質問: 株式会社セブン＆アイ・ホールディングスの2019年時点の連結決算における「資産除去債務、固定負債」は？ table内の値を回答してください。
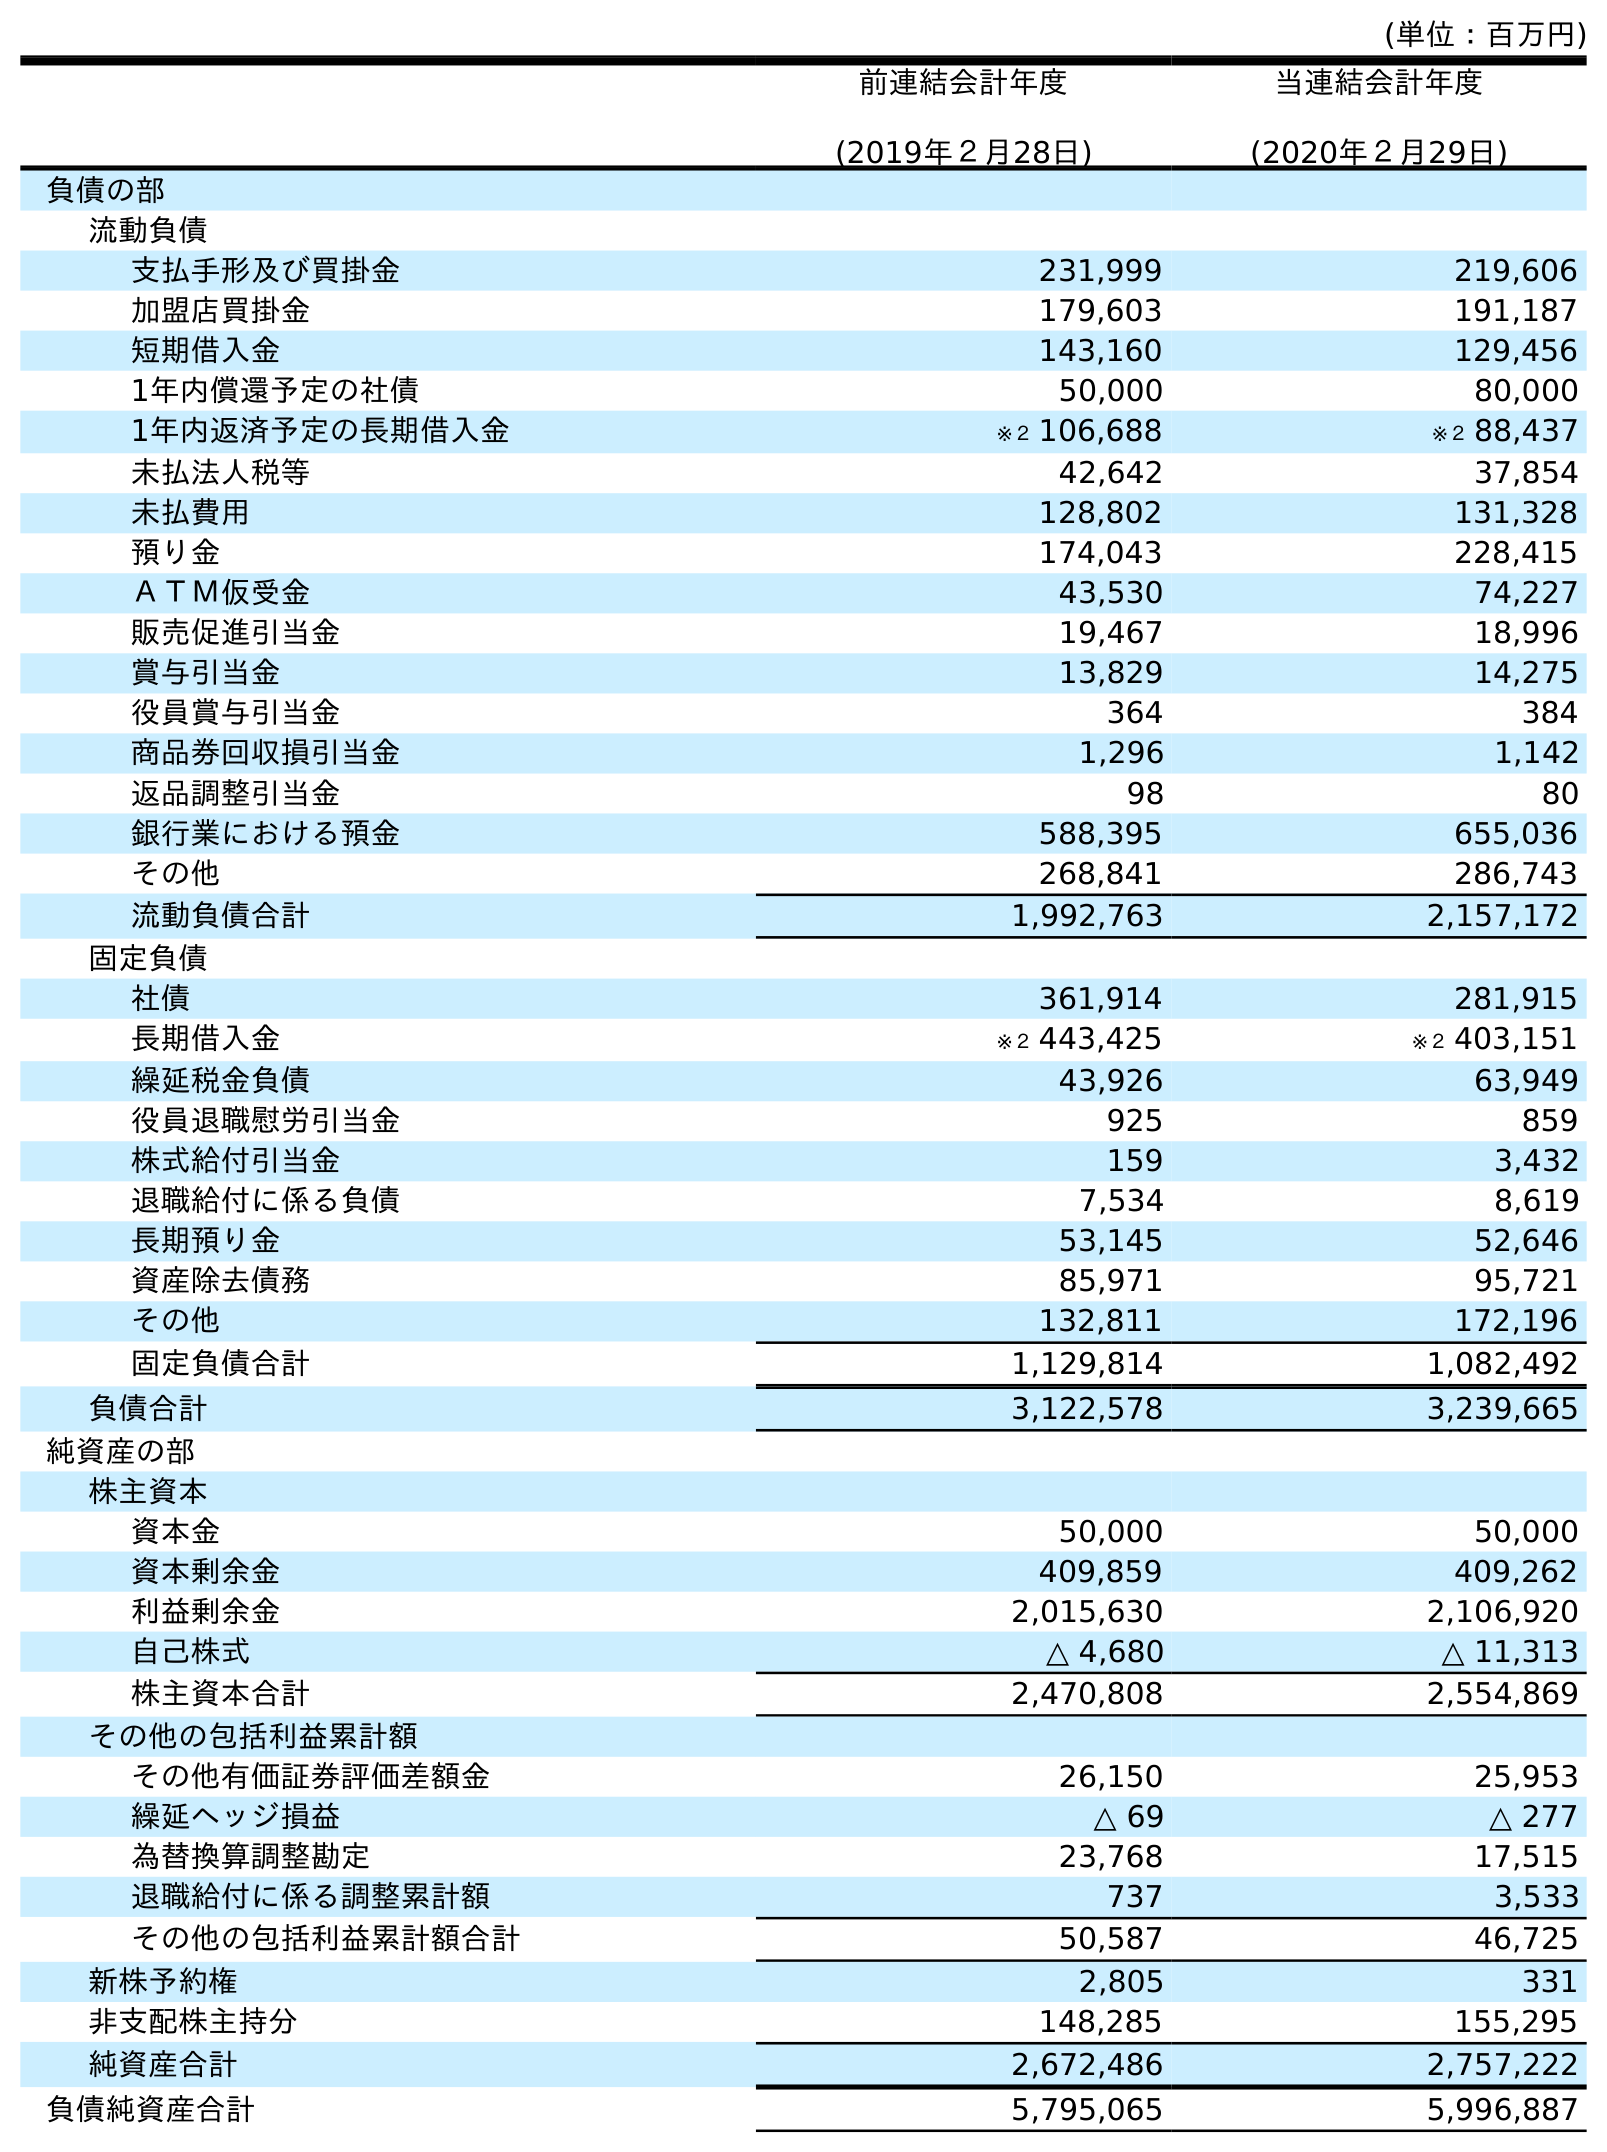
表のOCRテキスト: (単位：百万円) 前連結会計年度 (2019年２月28日) 当連結会計年度 (2020年２月29日) 負債の部 流動負債 支払手形及び買掛金 231,999 219,606 加盟店買掛金 179,603 191,187 短期借入金 143,160 129,456 1年内償還予定の社債 50,000 80,000 1年内返済予定の長期借入金 ※２ 106,688 ※２ 88,437 未払法人税等 42,642 37,854 未払費用 128,802 131,328 預り金 174,043 228,415 ＡＴＭ仮受金 43,530 74,227 販売促進引当金 19,467 18,996 賞与引当金 13,829 14,275 役員賞与引当金 364 384 商品券回収損引当金 1,296 1,142 返品調整引当金 98 80 銀行業における預金 588,395 655,036 その他 268,841 286,743 流動負債合計 1,992,763 2,157,172 固定負債 社債 361,914 281,915 長期借入金 ※２ 443,425 ※２ 403,151 繰延税金負債 43,926 63,949 役員退職慰労引当金 925 859 株式給付引当金 159 3,432 退職給付に係る負債 7,534 8,619 長期預り金 53,145 52,646 資産除去債務 85,971 95,721 その他 132,811 172,196 固定負債合計 1,129,814 1,082,492 負債合計 3,122,578 3,239,665 純資産の部 株主資本 資本金 50,000 50,000 資本剰余金 409,859 409,262 利益剰余金 2,015,630 2,106,920 自己株式 △ 4,680 △ 11,313 株主資本合計 2,470,808 2,554,869 その他の包括利益累計額 その他有価証券評価差額金 26,150 25,953 繰延ヘッジ損益 △ 69 △ 277 為替換算調整勘定 23,768 17,515 退職給付に係る調整累計額 737 3,533 その他の包括利益累計額合計 50,587 46,725 新株予約権 2,805 331 非支配株主持分 148,285 155,295 純資産合計 2,672,486 2,757,222 負債純資産合計 5,795,065 5,996,887
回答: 85,971